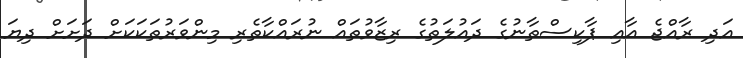
އަދި ރާއްޖެ އާއި ޕާކިސްތާނުގެ ދައުލަތުގެ ރިޒާވުތައް ނުރައްކާތެރި މިންވަރުތަކަކަށް ދަށަށް ދިޔަ